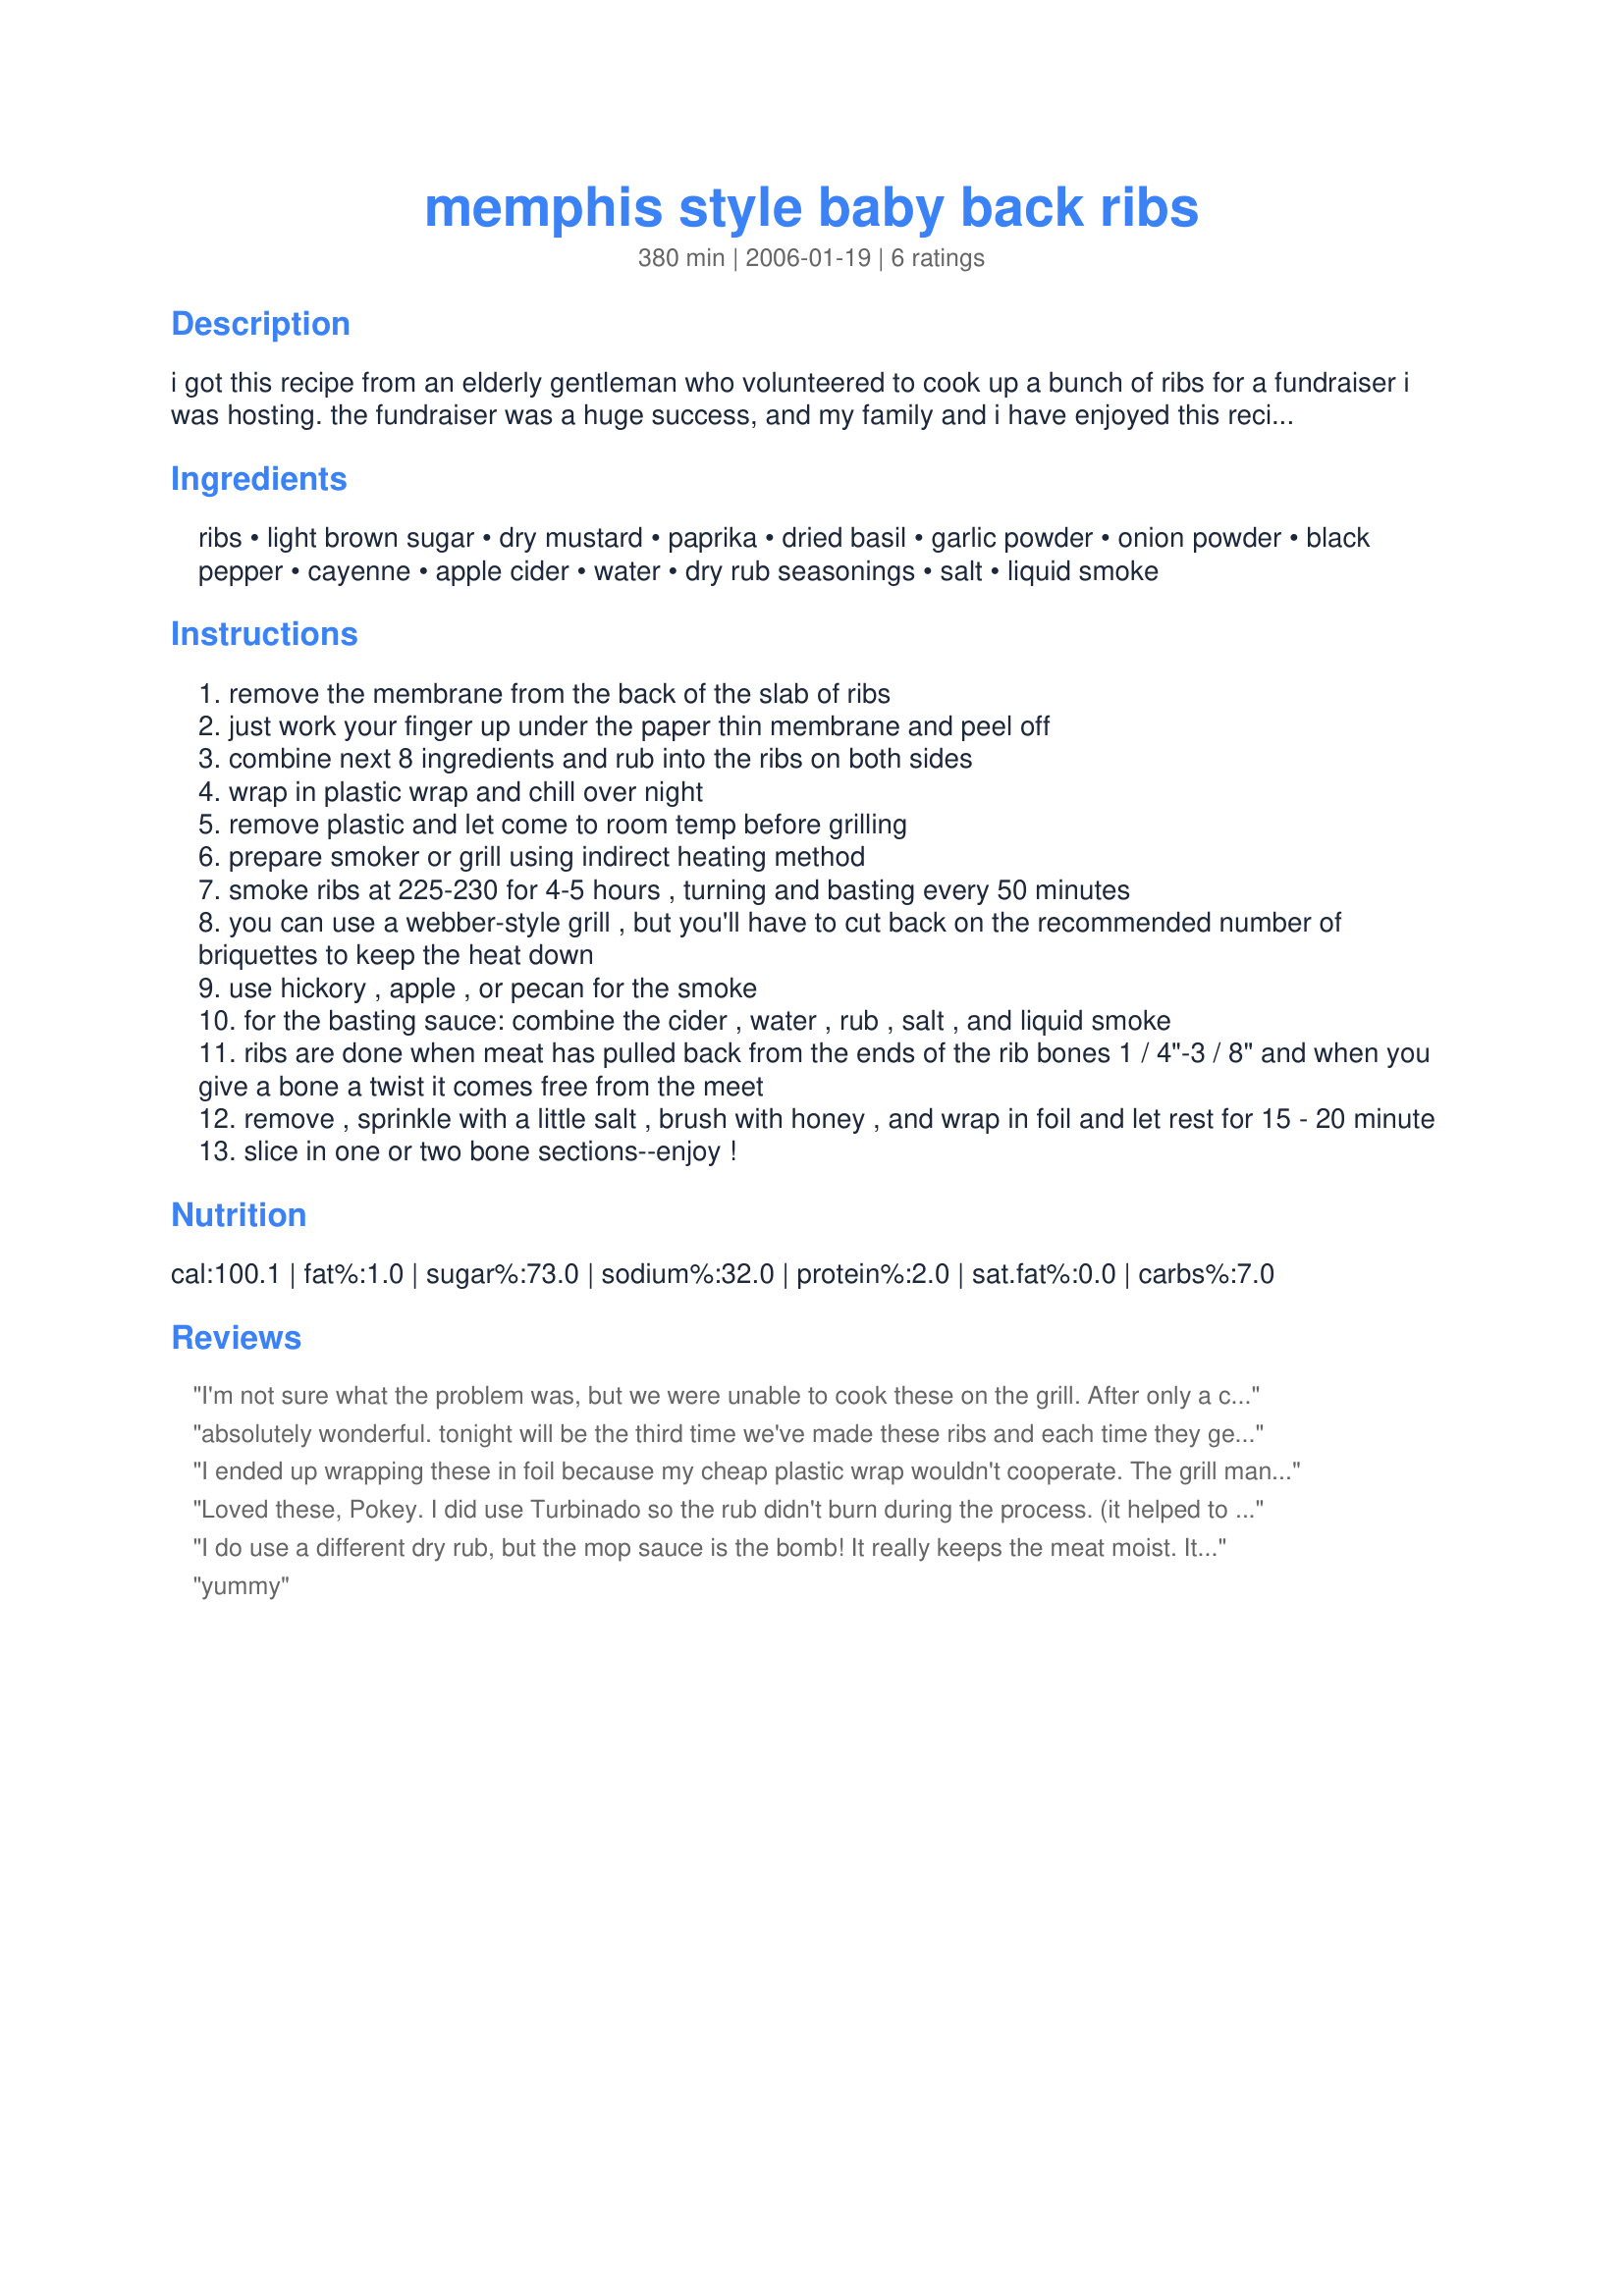
memphis style baby back ribs
Preparation time: 380 minutes

i got this recipe from an elderly gentleman who volunteered to cook up a bunch of ribs for a fundraiser i was hosting. the fundraiser was a huge success, and my family and i have enjoyed this recipe immensely over the years. you can use either baby back or spareribs. even country style ribs will work, but you'll have to adjust the cooking time.

Ingredients:
ribs, light brown sugar, dry mustard, paprika, dried basil, garlic powder, onion powder, black pepper, cayenne, apple cider, water, dry rub seasonings, salt, liquid smoke

Steps:
remove the membrane from the back of the slab of ribs
just work your finger up under the paper thin membrane and peel off
combine next 8 ingredients and rub into the ribs on both sides
wrap in plastic wrap and chill over night
remove plastic and let come to room temp before grilling
prepare smoker or grill using indirect heating method
smoke ribs at 225-230 for 4-5 hours , turning and basting every 50 minutes
you can use a webber-style grill , but you'll have to cut back on the recommended number of briquettes to keep the heat down
use hickory , apple , or pecan for the smoke
for the basting sauce: combine the cider , water , rub , salt , and liquid smoke
ribs are done when meat has pulled back from the ends of the rib bones 1 / 4"-3 / 8" and when you give a bone a twist it comes free from the meet
remove , sprinkle with a little salt , brush with honey , and wrap in foil and let rest for 15 - 20 minute
slice in one or two bone sections--enjoy !

Reviews:
I'm not sure what the problem was, but we were unable to cook these on the grill. After only a couple of minutes, the rub was burning and turning completely black. I ended up having to cook them in the oven. The flavor of the ribs was good and my husband really enjoyed the basting sauce.
absolutely wonderful. tonight will be the third time we've made these ribs and each time they get better. we're addicted. thanks for the recipe Pokey!
I ended up wrapping these in foil because my cheap plastic wrap wouldn't cooperate. The grill man decided to grill them in the foil rather than smoking/grilling loose, and did not use the mop. We discovered that the rub really doesn't stand on its own and therefore we did not like the ribs. I have half uncooked in the freezer (fewer were eating than I planned for) and I will try to cook them properly.
Loved these, Pokey. I did use Turbinado so the rub didn't burn during the process. (it helped to use the side-smoker, too) I kicked up the heat some, as we like the spicy stuff, but stuck right to the recipe otherwise. Really tender, flavorful and moist. Thanks!
I do use a different dry rub, but the mop sauce is the bomb! It really keeps the meat moist. It will not leave your ribs tasting like vinegar if your cook your ribs 30 minutes past your last mopping.
yummy
